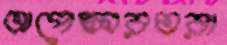
অপেক্ষারতরা